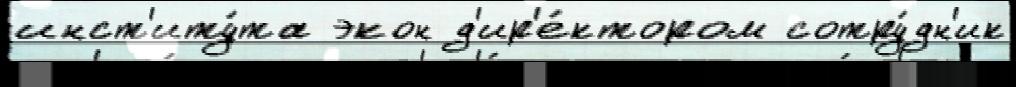
инст'иту́та экон д'ир'е́ктором сотру́дн'ик